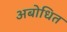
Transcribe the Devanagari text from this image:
अबोधित